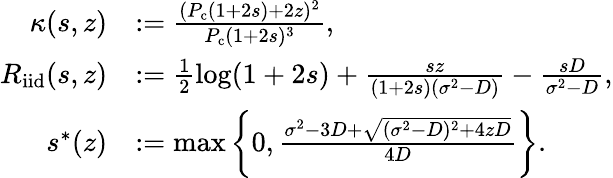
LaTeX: \begin{array}{rl}{\kappa(s,z)}&{:=\frac{(P_{\mathrm{c}}(1+2s)+2z)^{2}}{P_{\mathrm{c}}(1+2s)^{3}},}\\ {R_{\mathrm{{iid}}}(s,z)}&{:=\frac{1}{2}\log(1+2s)+\frac{sz}{(1+2s)(\sigma^{2}-D)}-\frac{sD}{\sigma^{2}-D},}\\ {s^{*}(z)}&{:=\operatorname*{max}\bigg\{ 0,\frac{\sigma^{2}-3D+\sqrt{(\sigma^{2}-D)^{2}+4zD}}{4D}\bigg\} .}\end{array}